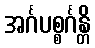
အင်္ဂပစ္စင်္ဂန္တိ